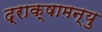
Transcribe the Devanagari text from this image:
द्राक्षामन्यु